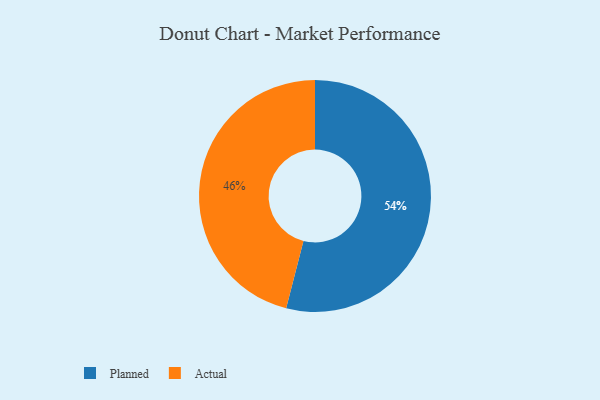
{"axis": {"x": "Category", "y": "Percentage"}, "legend": ["Actual", "Planned"], "data": [{"x": "Actual", "y": 46, "type": "Actual"}, {"x": "Planned", "y": 54, "type": "Planned"}]}